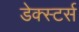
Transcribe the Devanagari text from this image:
डेक्स्टर्स